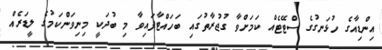
އިންޑިއާގެ ހުޅަނގުގެ ސްޓޭޓެއް ކަމަށްވާ ގުޖުރާތުގައި ބަހައްޓާފައިވާ މި ބުދަކީ މިނިވަންކަމުގެ ލީޑަރެއް